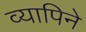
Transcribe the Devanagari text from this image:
व्यापिने